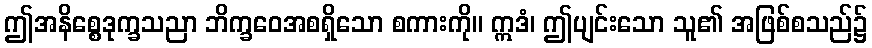
ဤအနိစ္စေဒုက္ခသညာ ဘိက္ခဝေအစရှိသော စကားကို။ ဣဒံ၊ ဤပျင်းသော သူ၏ အဖြစ်စသည်၌